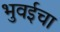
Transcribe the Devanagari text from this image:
भुवईचा